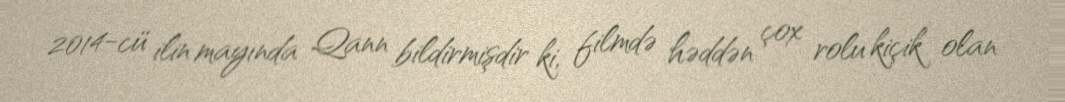
2014-cü ilin mayında Qann bildirmişdir ki, filmdə həddən çox rolu kiçik olan